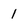
Character: 1